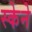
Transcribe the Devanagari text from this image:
स्केने